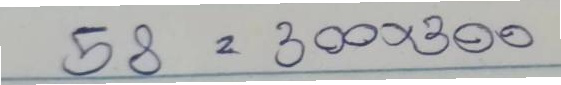
58 = 300x300